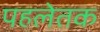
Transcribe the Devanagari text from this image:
पहलेतक